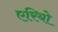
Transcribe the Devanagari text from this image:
एरियो